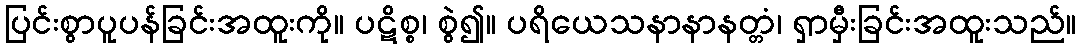
ပြင်းစွာပူပန်ခြင်းအထူးကို။ ပဋိစ္စ၊ စွဲ၍။ ပရိယေသနာနာနတ္တံ၊ ရှာမှီးခြင်းအထူးသည်။